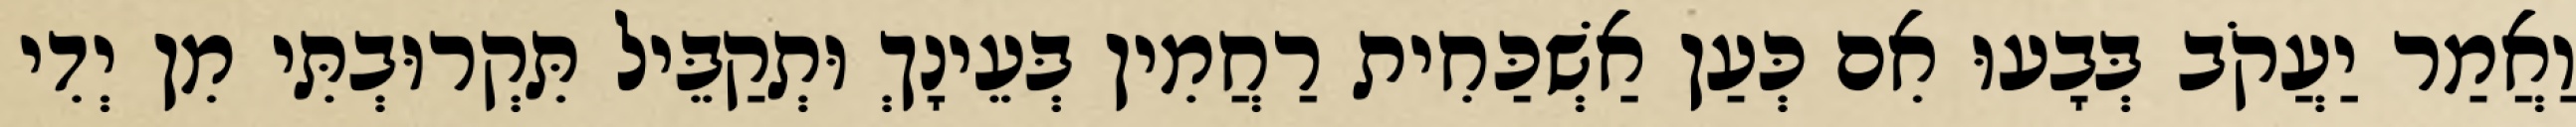
וַאֲמַר יַעֲקֹב בְּבָעוּ אִם כְּעַן אַשְׁכַּחִית רַחֲמִין בְּעֵינָךְ וּתְקַבֵּיל תִּקְרוּבְתִּי מִן יְדִי